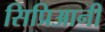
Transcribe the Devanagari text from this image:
सिप्रिआनी